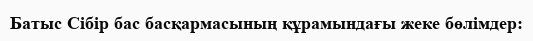
Батыс Сібір бас басқармасының құрамындағы жеке бөлімдер: